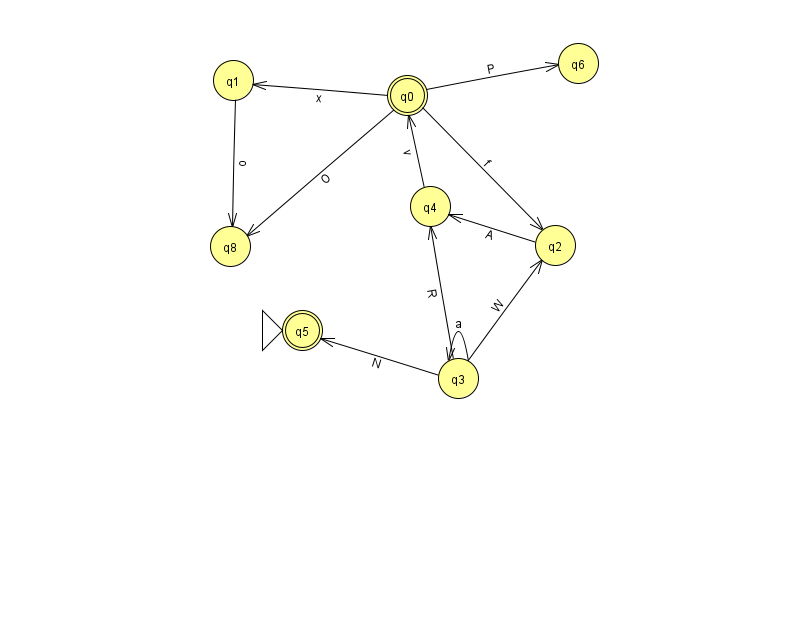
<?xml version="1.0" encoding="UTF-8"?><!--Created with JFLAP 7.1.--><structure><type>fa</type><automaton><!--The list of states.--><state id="0" name="q0"><x>407.0</x><y>82.0</y><final/></state><state id="1" name="q1"><x>233.0</x><y>67.0</y></state><state id="2" name="q2"><x>555.0</x><y>232.0</y></state><state id="3" name="q3"><x>458.0</x><y>365.0</y></state><state id="4" name="q4"><x>430.0</x><y>193.0</y></state><state id="5" name="q5"><x>302.0</x><y>317.0</y><initial/><final/></state><state id="6" name="q6"><x>578.0</x><y>50.0</y></state><state id="8" name="q8"><x>230.0</x><y>233.0</y></state><!--The list of transitions.--><transition><from>0</from><to>2</to><read>f</read></transition><transition><from>0</from><to>6</to><read>P</read></transition><transition><from>2</from><to>4</to><read>A</read></transition><transition><from>3</from><to>3</to><read>a</read></transition><transition><from>4</from><to>0</to><read>v</read></transition><transition><from>3</from><to>5</to><read>N</read></transition><transition><from>0</from><to>8</to><read>O</read></transition><transition><from>3</from><to>2</to><read>W</read></transition><transition><from>0</from><to>1</to><read>x</read></transition><transition><from>1</from><to>8</to><read>o</read></transition><transition><from>3</from><to>4</to><read>R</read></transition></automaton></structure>